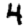
Digit: 4